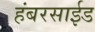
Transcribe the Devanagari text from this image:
हंबरसाईड